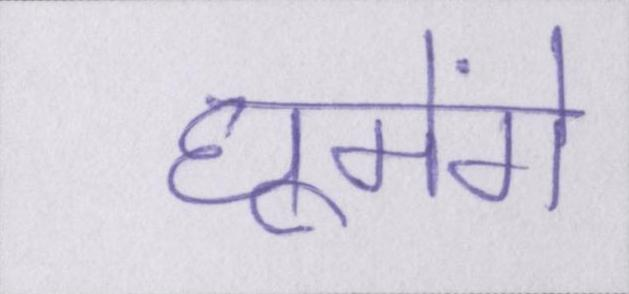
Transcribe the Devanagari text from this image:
घूमेंगे